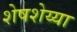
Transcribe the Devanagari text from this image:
शेषशेय्या